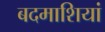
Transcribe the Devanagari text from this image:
बदमाशियां